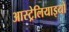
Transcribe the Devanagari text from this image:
आस्ट्रेलियाइयों